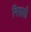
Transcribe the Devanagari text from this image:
निशाती